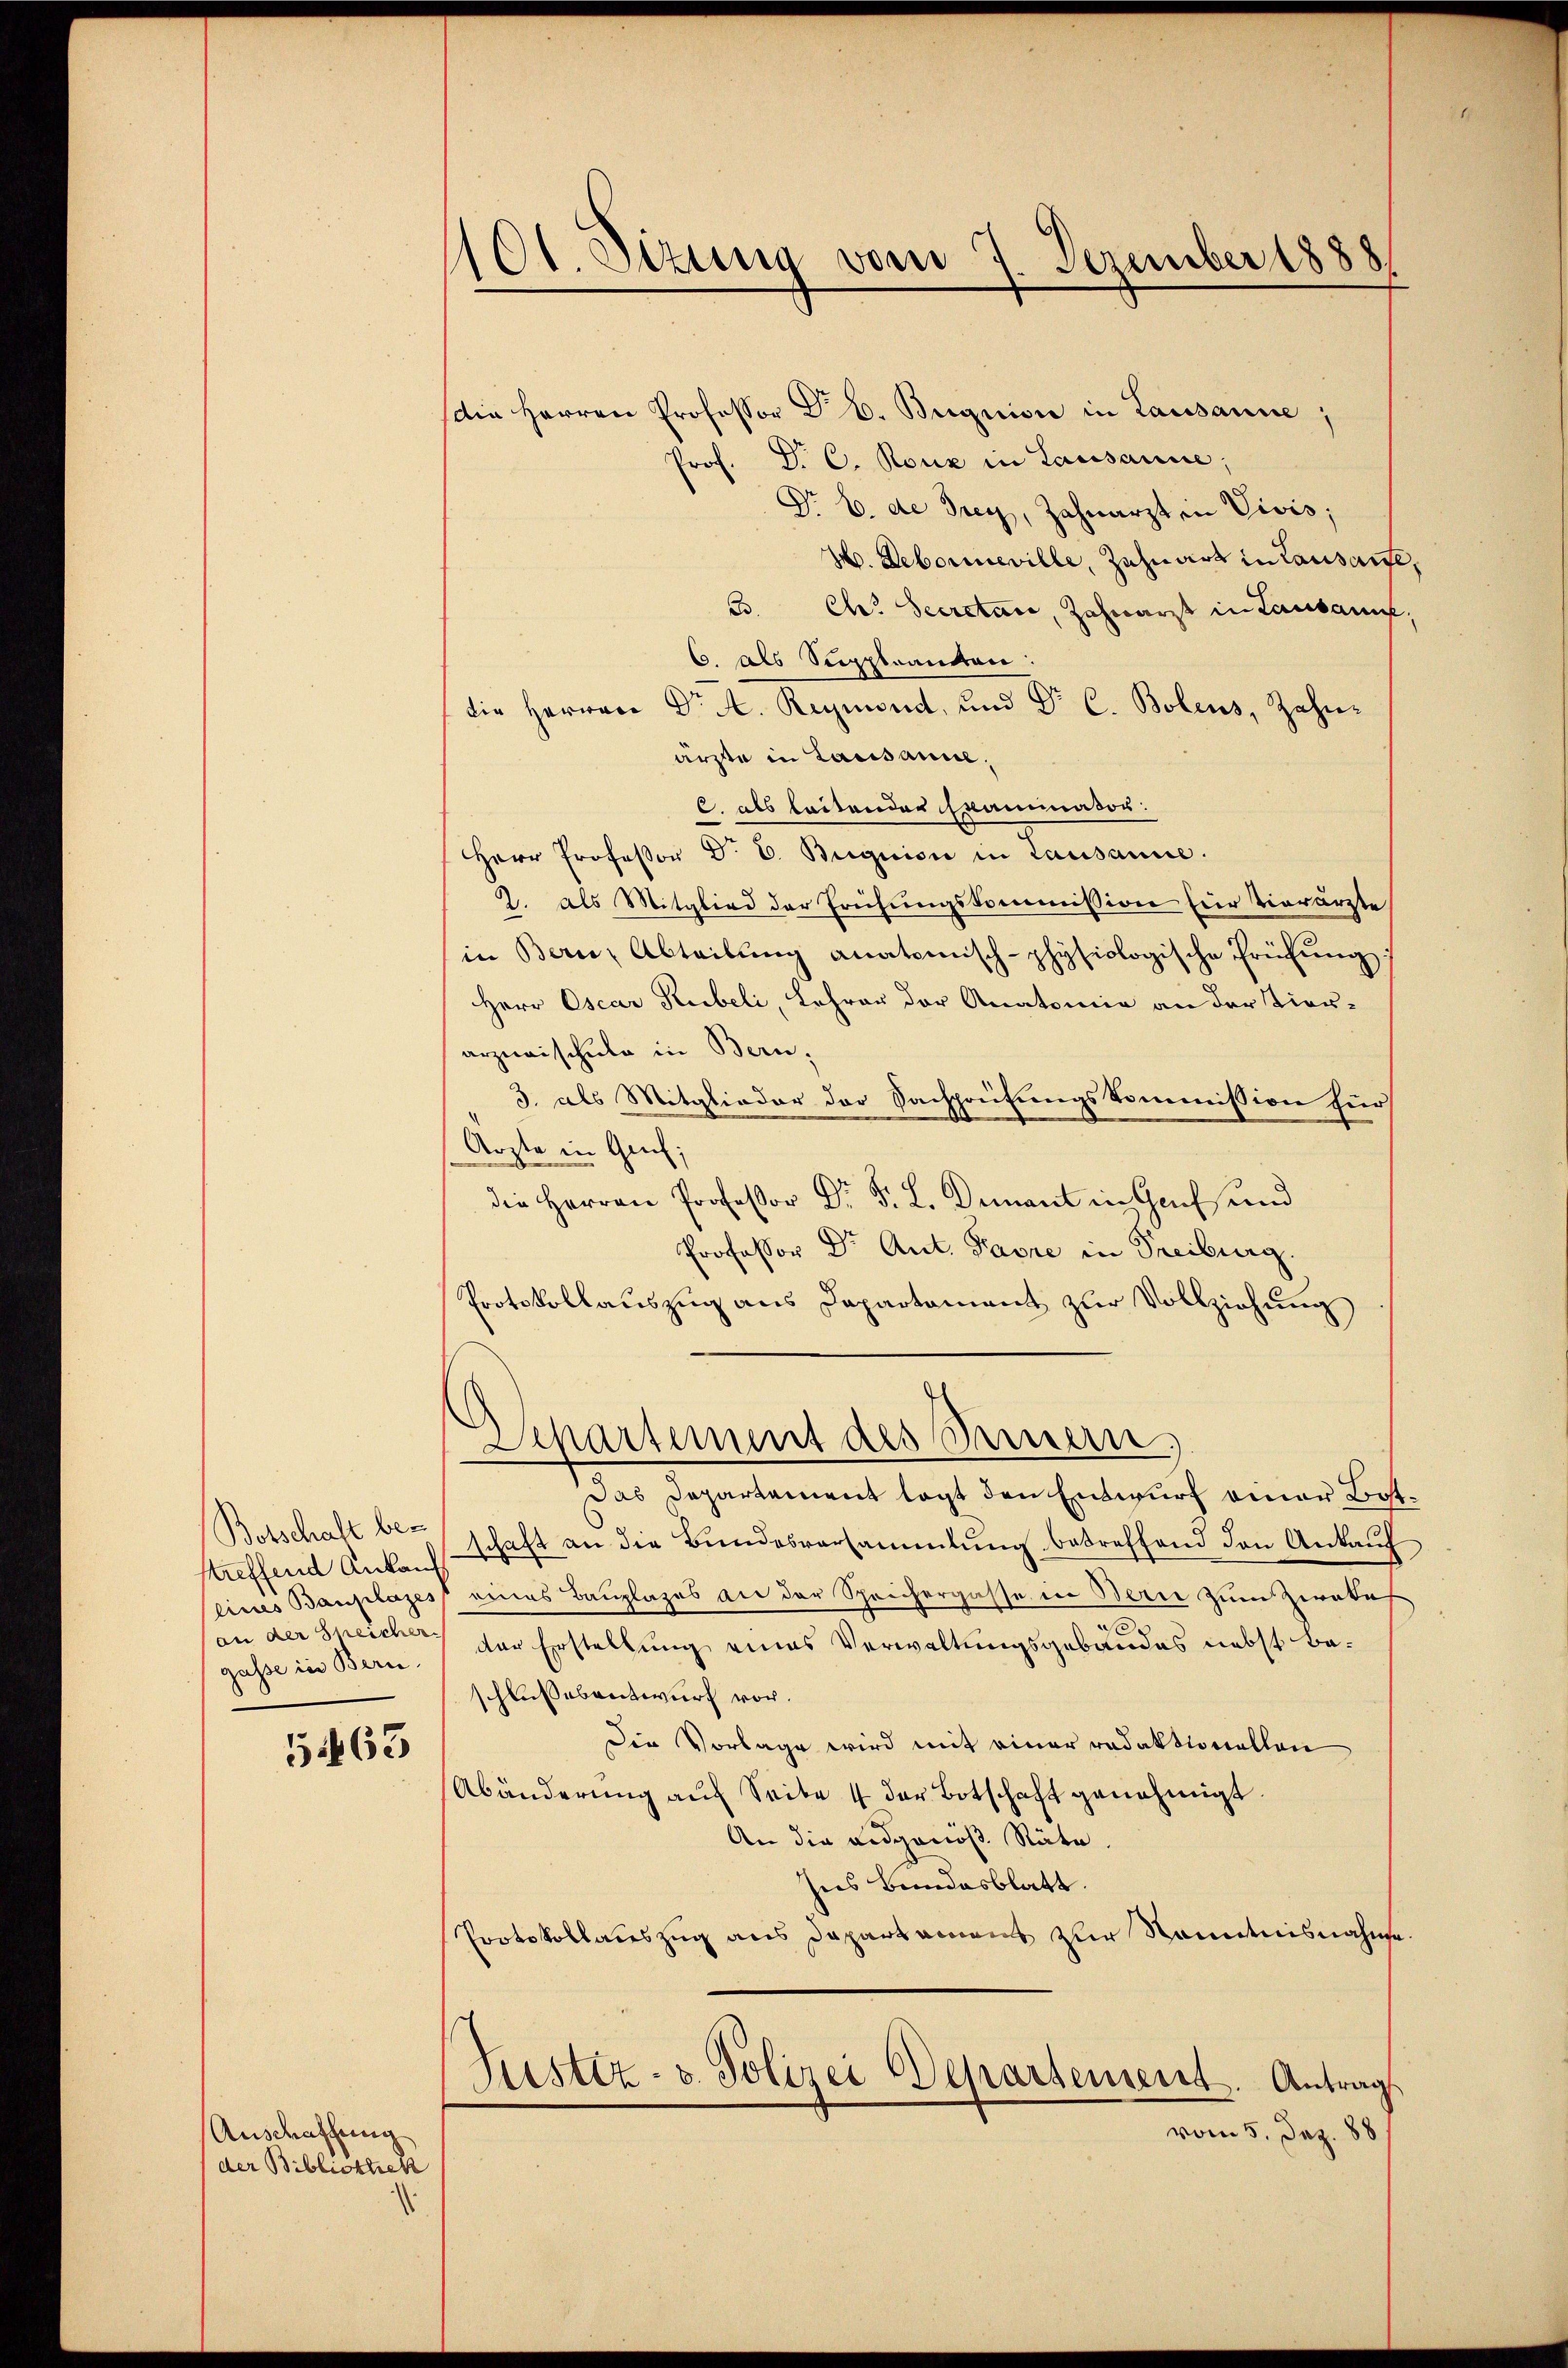
Botschaft be-
streffend Ankauf
(eines Bauplazes
(an der Speicher
gasse in Bern.

5463

Anschaffung.
der Bibliothek

101. Dizung vom 7. Dezember 1888

(die Herren Professor Dr. C. Begnis in Lausanne;
Prof. Dr. C. Rouz in Lausanne;
Nr b. de Frey, Zahnarzt in Vivis;
H. Deborneville, Zahnart in Lausants
B. Ch. Secretari, Zahnarzt in Lausann
6. als Suppleanton
die Herren Dr A. Reymond, und Dr. C. Bolens, Zahnarste in Lausanne.
C. als leitender Mammator:
Herr Professor D. C. Buguion in Lausanne.
2. als Mitglied der Frühungskommission für Vierärzte
in Bern, Abteilŭng anatomisch-physiologische Prüfŭng:
Herr Oscar Rubeli, Lehrer der Anatomie an der Tierarzneischule in Bern,
3. als Mitglieder der Sachpreifungskommission für
Arzte in Gauf;
di  ..   und
Professor Dr. Ant. Parre in Freiburg.
Protokollauszug aus Departament zur Vollziehung
Departement des Seinen,
Das Departement legt den Entwurf einer Bot
schaft an die Bundesversammlung betreffend den Ankauf
eines Bauplazes an der Sprichergasse in Berne zum Zirokes
der Erstellung eines Verwaltungsgebäudes nebst beschlussesentwurf vor.
Die Vorlage wird mit einer redaktionellen
Abänderung auf Seite 4 der Botschaft genehmigt
An die eidgenöß. Räte.
Ins Bundesblatt.
Protokollauszug aus Departament zur Kenntnisnahme
Justiz- & Polizei Departement. Antrag.
vom 5. Jez. 188